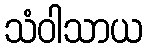
သံဝါသာယ